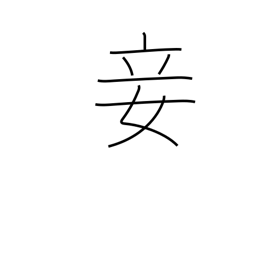
Meaning: concubine